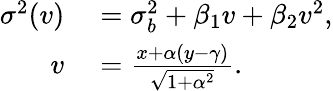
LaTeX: \begin{array}{rl}{\sigma^{2}(v)}&{{}=\sigma_{b}^{2}+\beta_{1}v+\beta_{2}v^{2},}\\ {v}&{{}=\frac{x+\alpha(y-\gamma)}{\sqrt{1+\alpha^{2}}}.}\end{array}